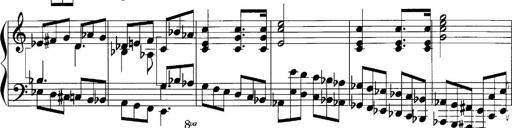
Title: Sonatina No.1
Composer: Otto Stoll
Key: C major